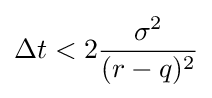
\Delta t<2{\frac {\sigma ^{2}}{(r-q)^{2}}}